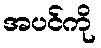
အပင်ကို